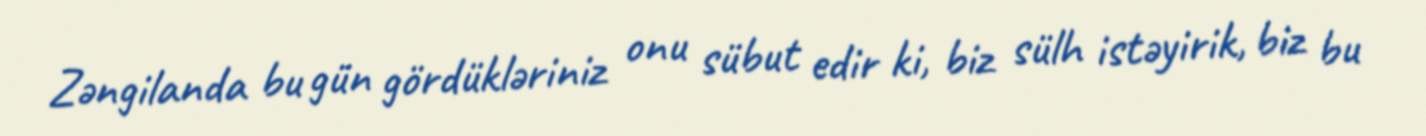
Zəngilanda bu gün gördükləriniz onu sübut edir ki, biz sülh istəyirik, biz bu